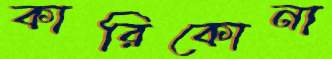
কারিকোনা